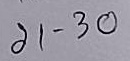
21 - 30